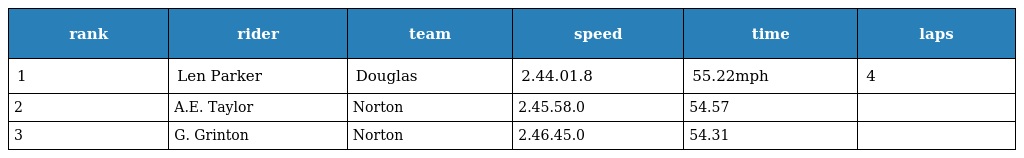
| rank | rider | team | speed | time | laps |
 | --- | --- | --- | --- | --- | --- |
 | 1 | Len Parker | Douglas | 2.44.01.8 | 55.22mph | 4 |
 | 2 | A.E. Taylor | Norton | 2.45.58.0 | 54.57 |  |
 | 3 | G. Grinton | Norton | 2.46.45.0 | 54.31 |  |